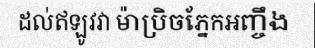
ដល់ឥឡូវវា ម៉ាប្រិចភ្នែកអញ្ចឹង